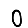
Digit: 0